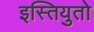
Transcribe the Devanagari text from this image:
इस्तियुतो